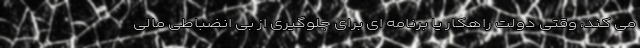
می کند، وقتی دولت راهکار یا برنامه ای برای جلوگیری از بی انضباطی مالی